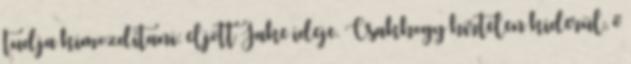
tudja kimozdítani: eljött Jake ideje. Csakhogy hirtelen kiderül, ő